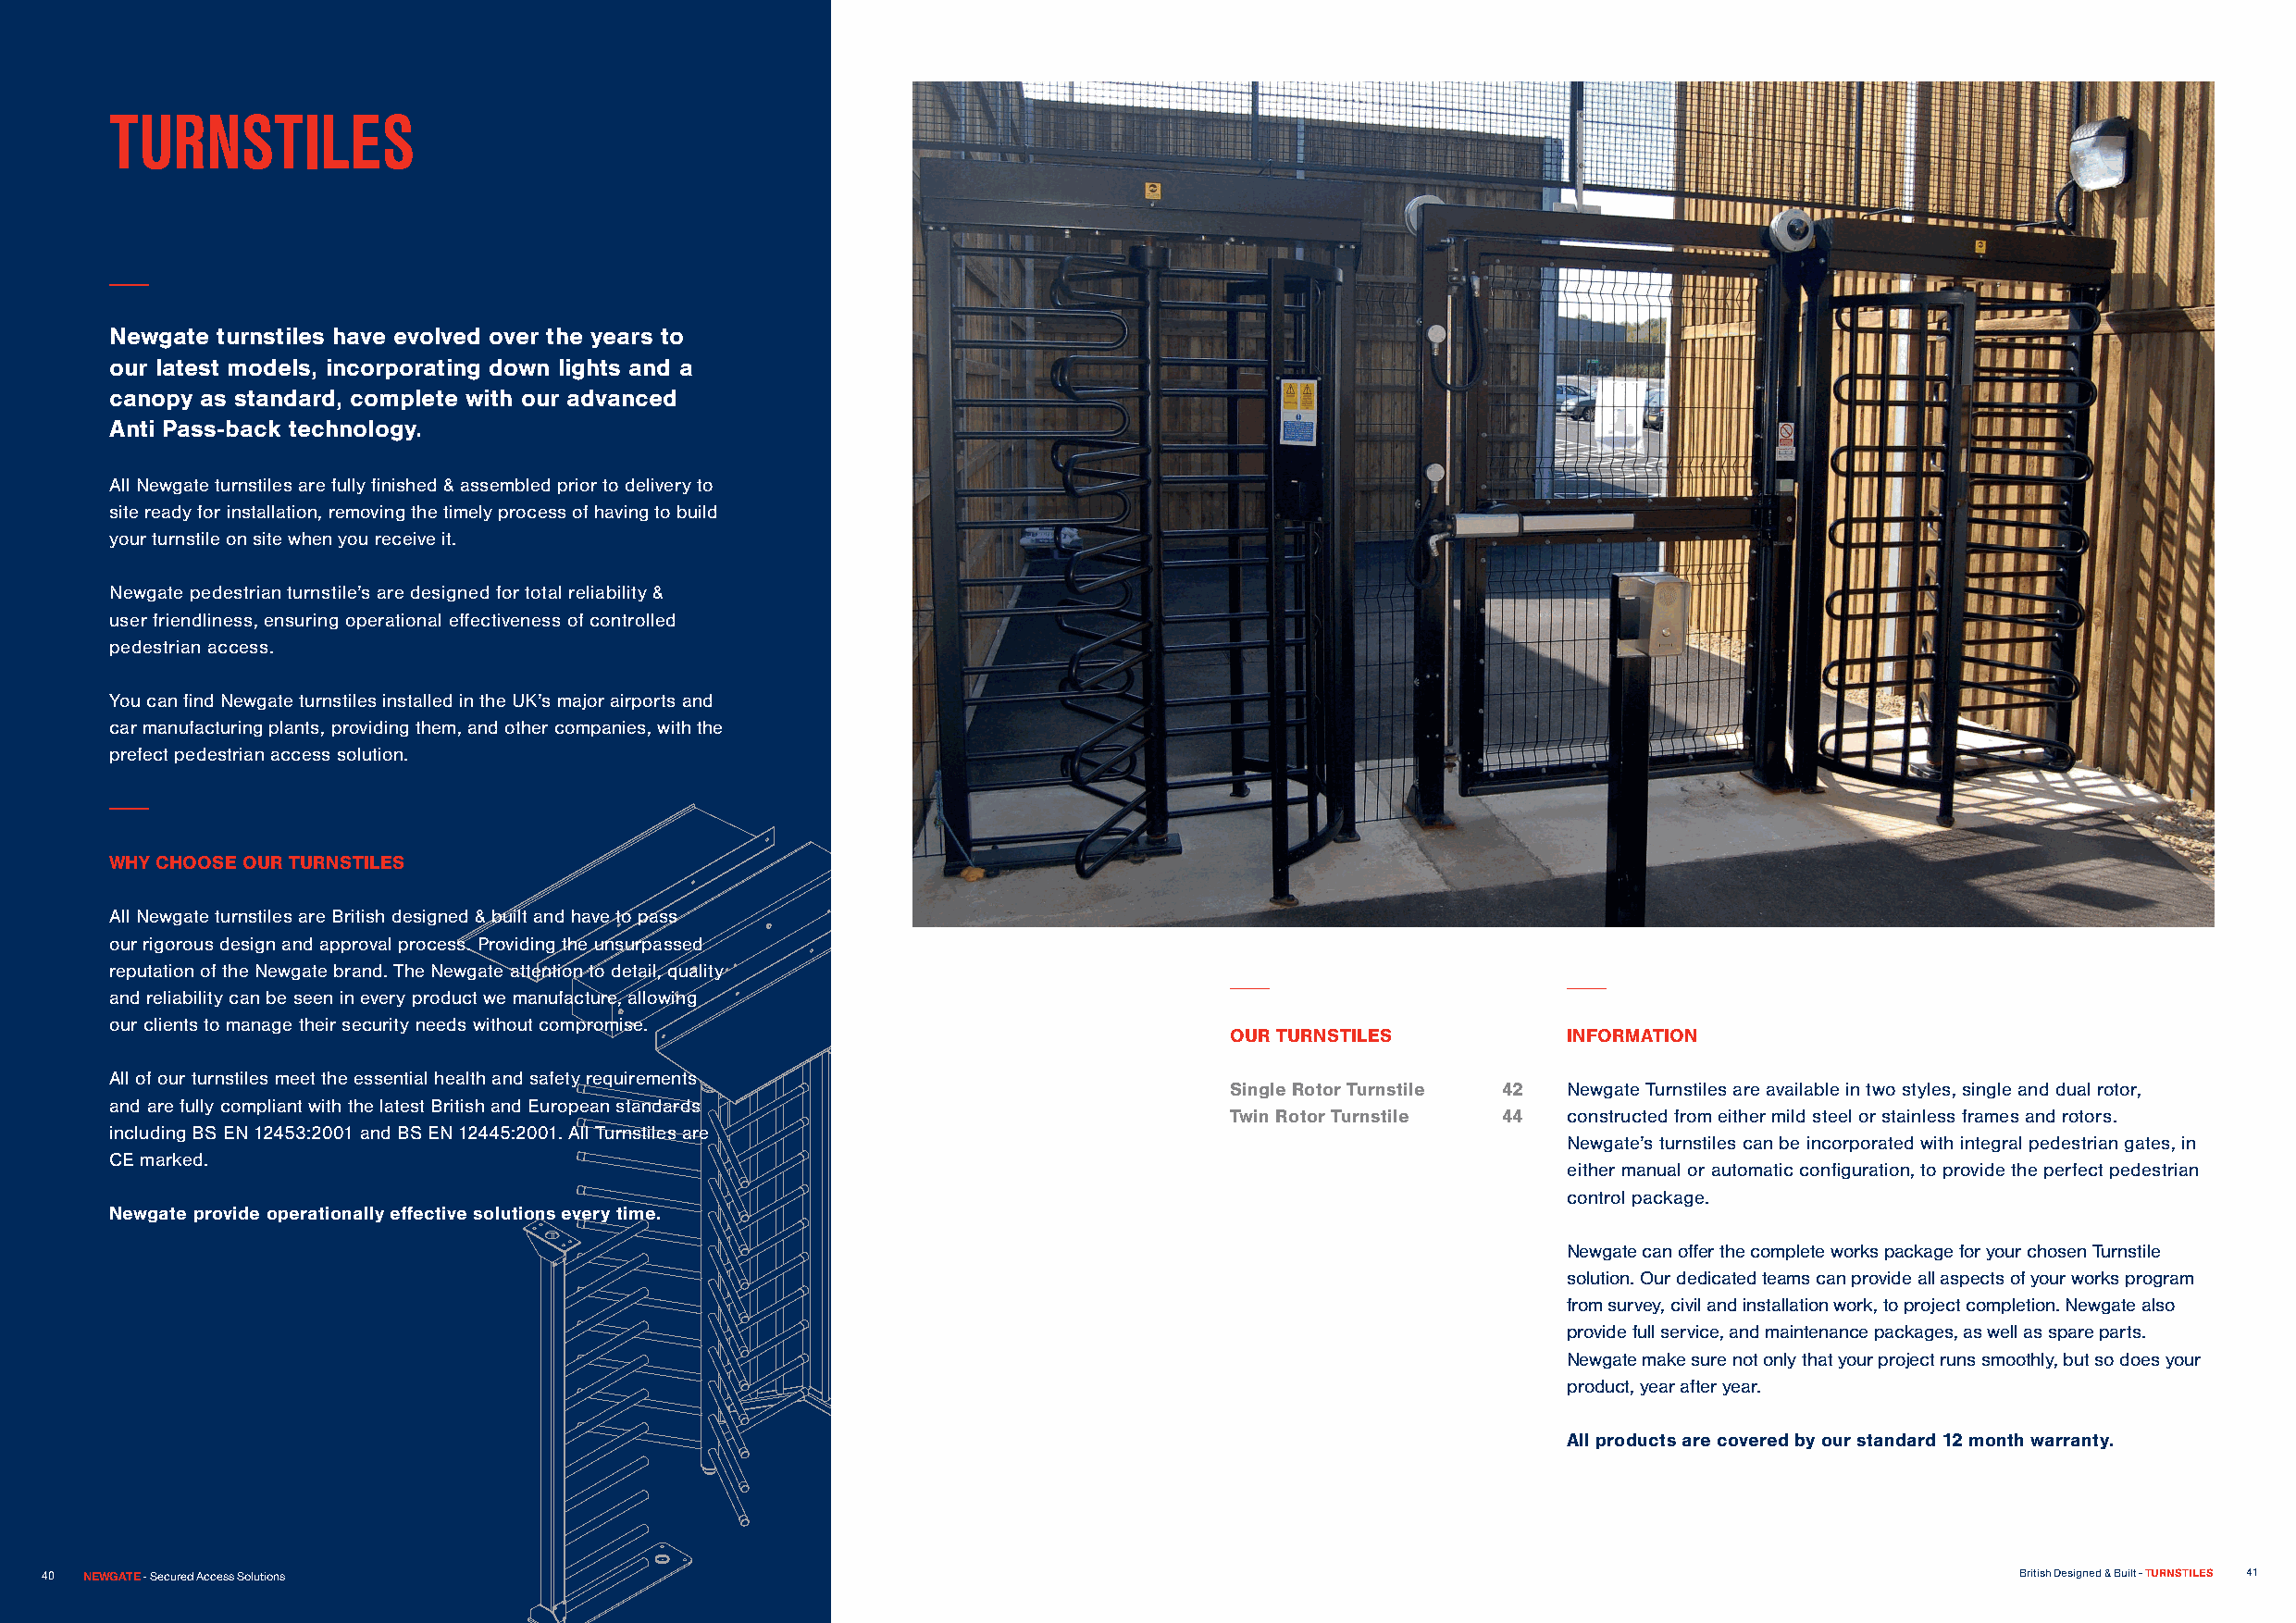
TURNSTILES
 Newgate turnstiles have evolved over the years to
 our latest models, incorporating down lights and a
 canopy as standard, complete with our advanced
 Anti Pass-back technology.
 All Newgate turnstiles are fully finished & assembled prior to delivery to
 site ready for installation, removing the timely process of having to build
 your turnstile on site when you receive it.
 Newgate pedestrian turnstile’s are designed for total reliability &
 user friendliness, ensuring operational effectiveness of controlled
 pedestrian access.
 You can find Newgate turnstiles installed in the UK’s major airports and
 car manufacturing plants, providing them, and other companies, with the
 prefect pedestrian access solution.
 WHY CHOOSE OUR TURNSTILES
 All Newgate turnstiles are British designed & built and have to pass
 our rigorous design and approval process. Providing the unsurpassed
 reputation of the Newgate brand. The Newgate attention to detail, quality
 and reliability can be seen in every product we manufacture, allowing
 our clients to manage their security needs without compromise.
 OUR TURNSTILES          INFORMATION
 All of our turnstiles meet the essential health and safety requirements
 Single Rotor Turnstile 42 Newgate Turnstiles are available in two styles, single and dual rotor,
 and are fully compliant with the latest British and European standards
 Twin Rotor Turnstile 44 constructed from either mild steel or stainless frames and rotors.
 including BS EN 12453:2001 and BS EN 12445:2001. All Turnstiles are
 Newgate’s turnstiles can be incorporated with integral pedestrian gates, in
 CE marked.
 either manual or automatic configuration, to provide the perfect pedestrian
 control package.
 Newgate provide operationally effective solutions every time.
 Newgate can offer the complete works package for your chosen Turnstile
 solution. Our dedicated teams can provide all aspects of your works program
 from survey, civil and installation work, to project completion. Newgate also
 provide full service, and maintenance packages, as well as spare parts.
 Newgate make sure not only that your project runs smoothly, but so does your
 product, year after year.
 All products are covered by our standard 12 month warranty.
 4400 NEWGATE - Secured Access Solutions                                                                                                      British Designed & Built - TURNSTILES 41